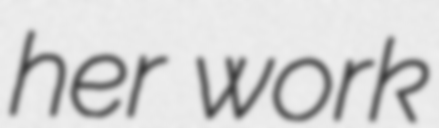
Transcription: her work